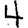
Digit: 4